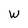
Character: W